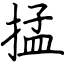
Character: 掹